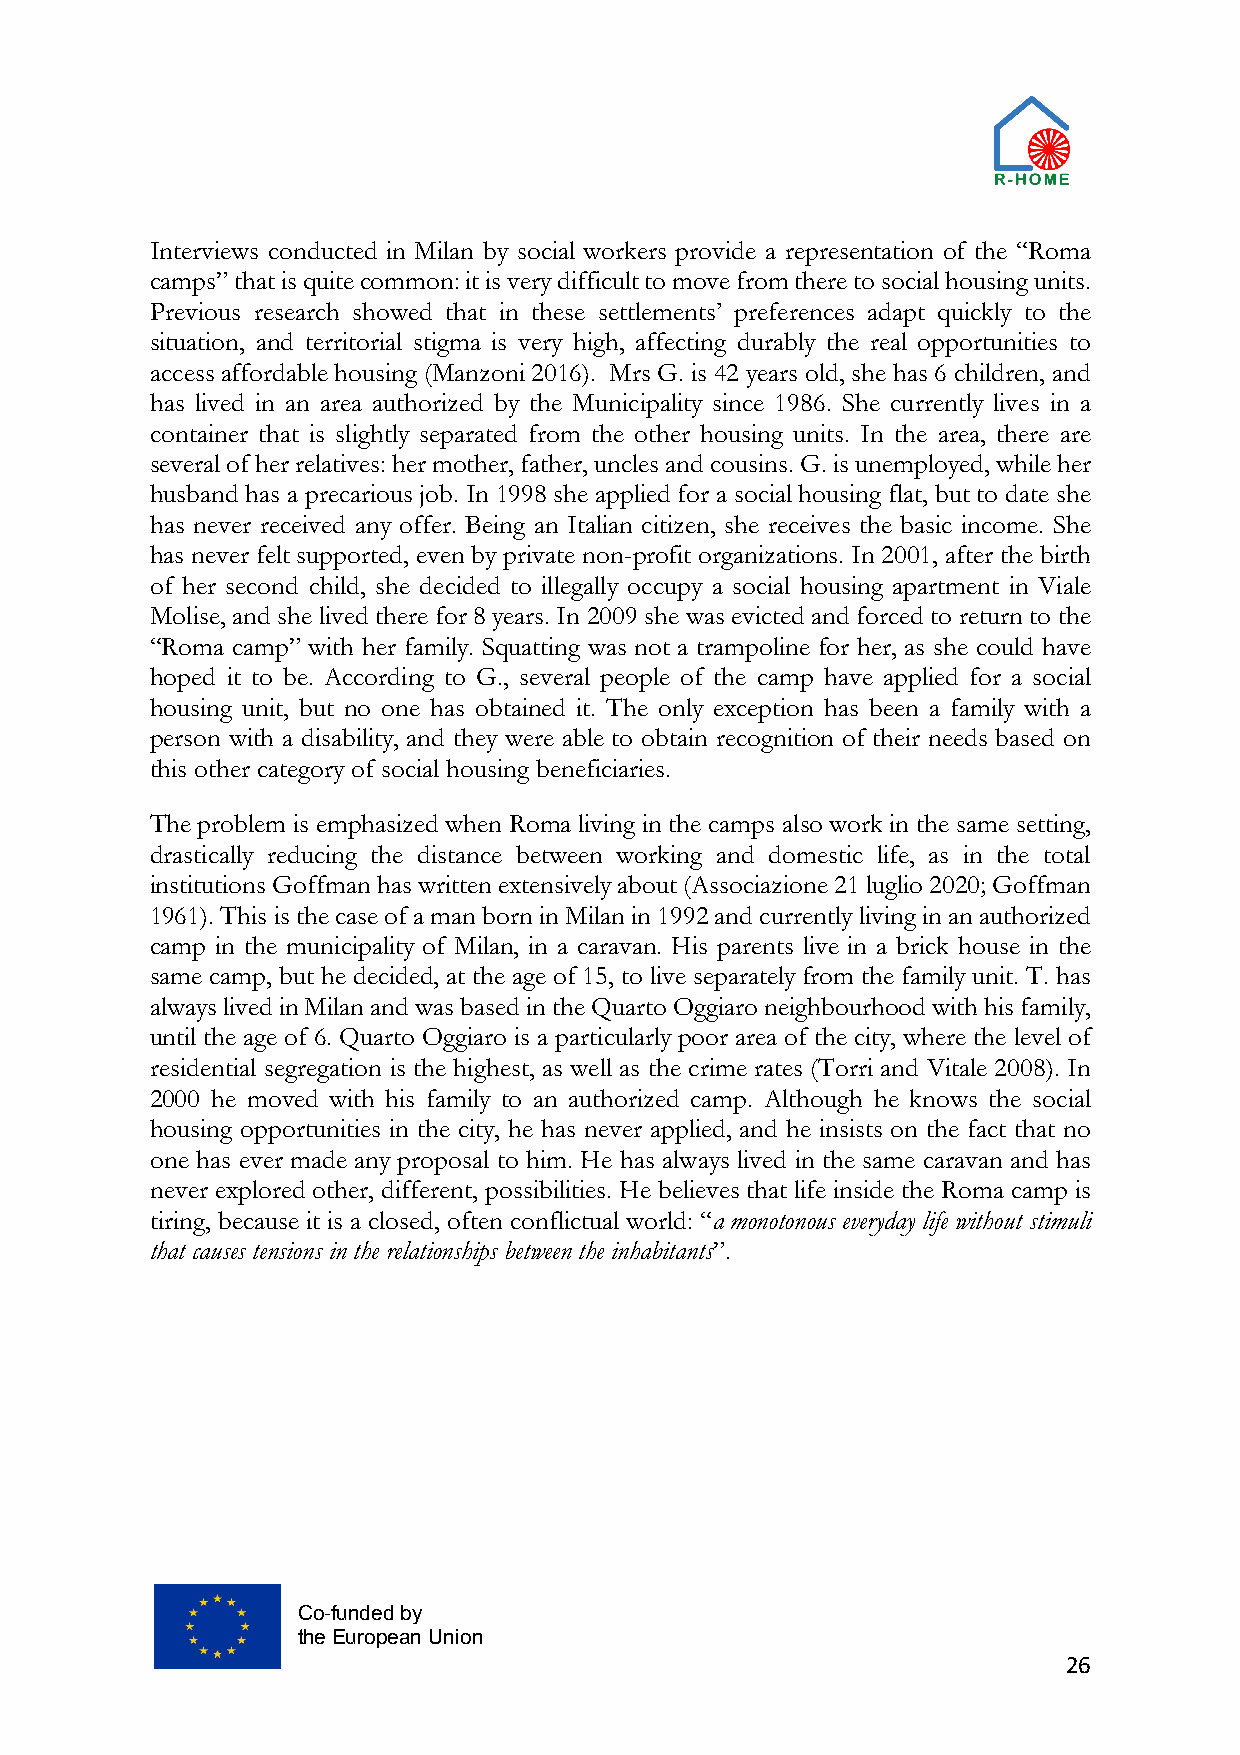
Interviews conducted in Milan by social workers provide a representation of the “Roma
 camps” that is quite common: it is very difficult to move from there to social housing units.
 Previous research showed that in these settlements’ preferences adapt quickly to the
 situation, and territorial stigma is very high, affecting durably the real opportunities to
 access affordable housing (Manzoni 2016). Mrs G. is 42 years old, she has 6 children, and
 has lived in an area authorized by the Municipality since 1986. She currently lives in a
 container that is slightly separated from the other housing units. In the area, there are
 several of her relatives: her mother, father, uncles and cousins. G. is unemployed, while her
 husband has a precarious job. In 1998 she applied for a social housing flat, but to date she
 has never received any offer. Being an Italian citizen, she receives the basic income. She
 has never felt supported, even by private non-profit organizations. In 2001, after the birth
 of her second child, she decided to illegally occupy a social housing apartment in Viale
 Molise, and she lived there for 8 years. In 2009 she was evicted and forced to return to the
 “Roma camp” with her family. Squatting was not a trampoline for her, as she could have
 hoped it to be. According to G., several people of the camp have applied for a social
 housing unit, but no one has obtained it. The only exception has been a family with a
 person with a disability, and they were able to obtain recognition of their needs based on
 this other category of social housing beneficiaries.
 The problem is emphasized when Roma living in the camps also work in the same setting,
 drastically reducing the distance between working and domestic life, as in the total
 institutions Goffman has written extensively about (Associazione 21 luglio 2020; Goffman
 1961). This is the case of a man born in Milan in 1992 and currently living in an authorized
 camp in the municipality of Milan, in a caravan. His parents live in a brick house in the
 same camp, but he decided, at the age of 15, to live separately from the family unit. T. has
 always lived in Milan and was based in the Quarto Oggiaro neighbourhood with his family,
 until the age of 6. Quarto Oggiaro is a particularly poor area of the city, where the level of
 residential segregation is the highest, as well as the crime rates (Torri and Vitale 2008). In
 2000 he moved with his family to an authorized camp. Although he knows the social
 housing opportunities in the city, he has never applied, and he insists on the fact that no
 one has ever made any proposal to him. He has always lived in the same caravan and has
 never explored other, different, possibilities. He believes that life inside the Roma camp is
 tiring, because it is a closed, often conflictual world: “a monotonous everyday life without stimuli
 that causes tensions in the relationships between the inhabitants”.
 Co-funded by
 the European Union
 26